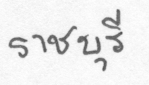
ราชบุรี